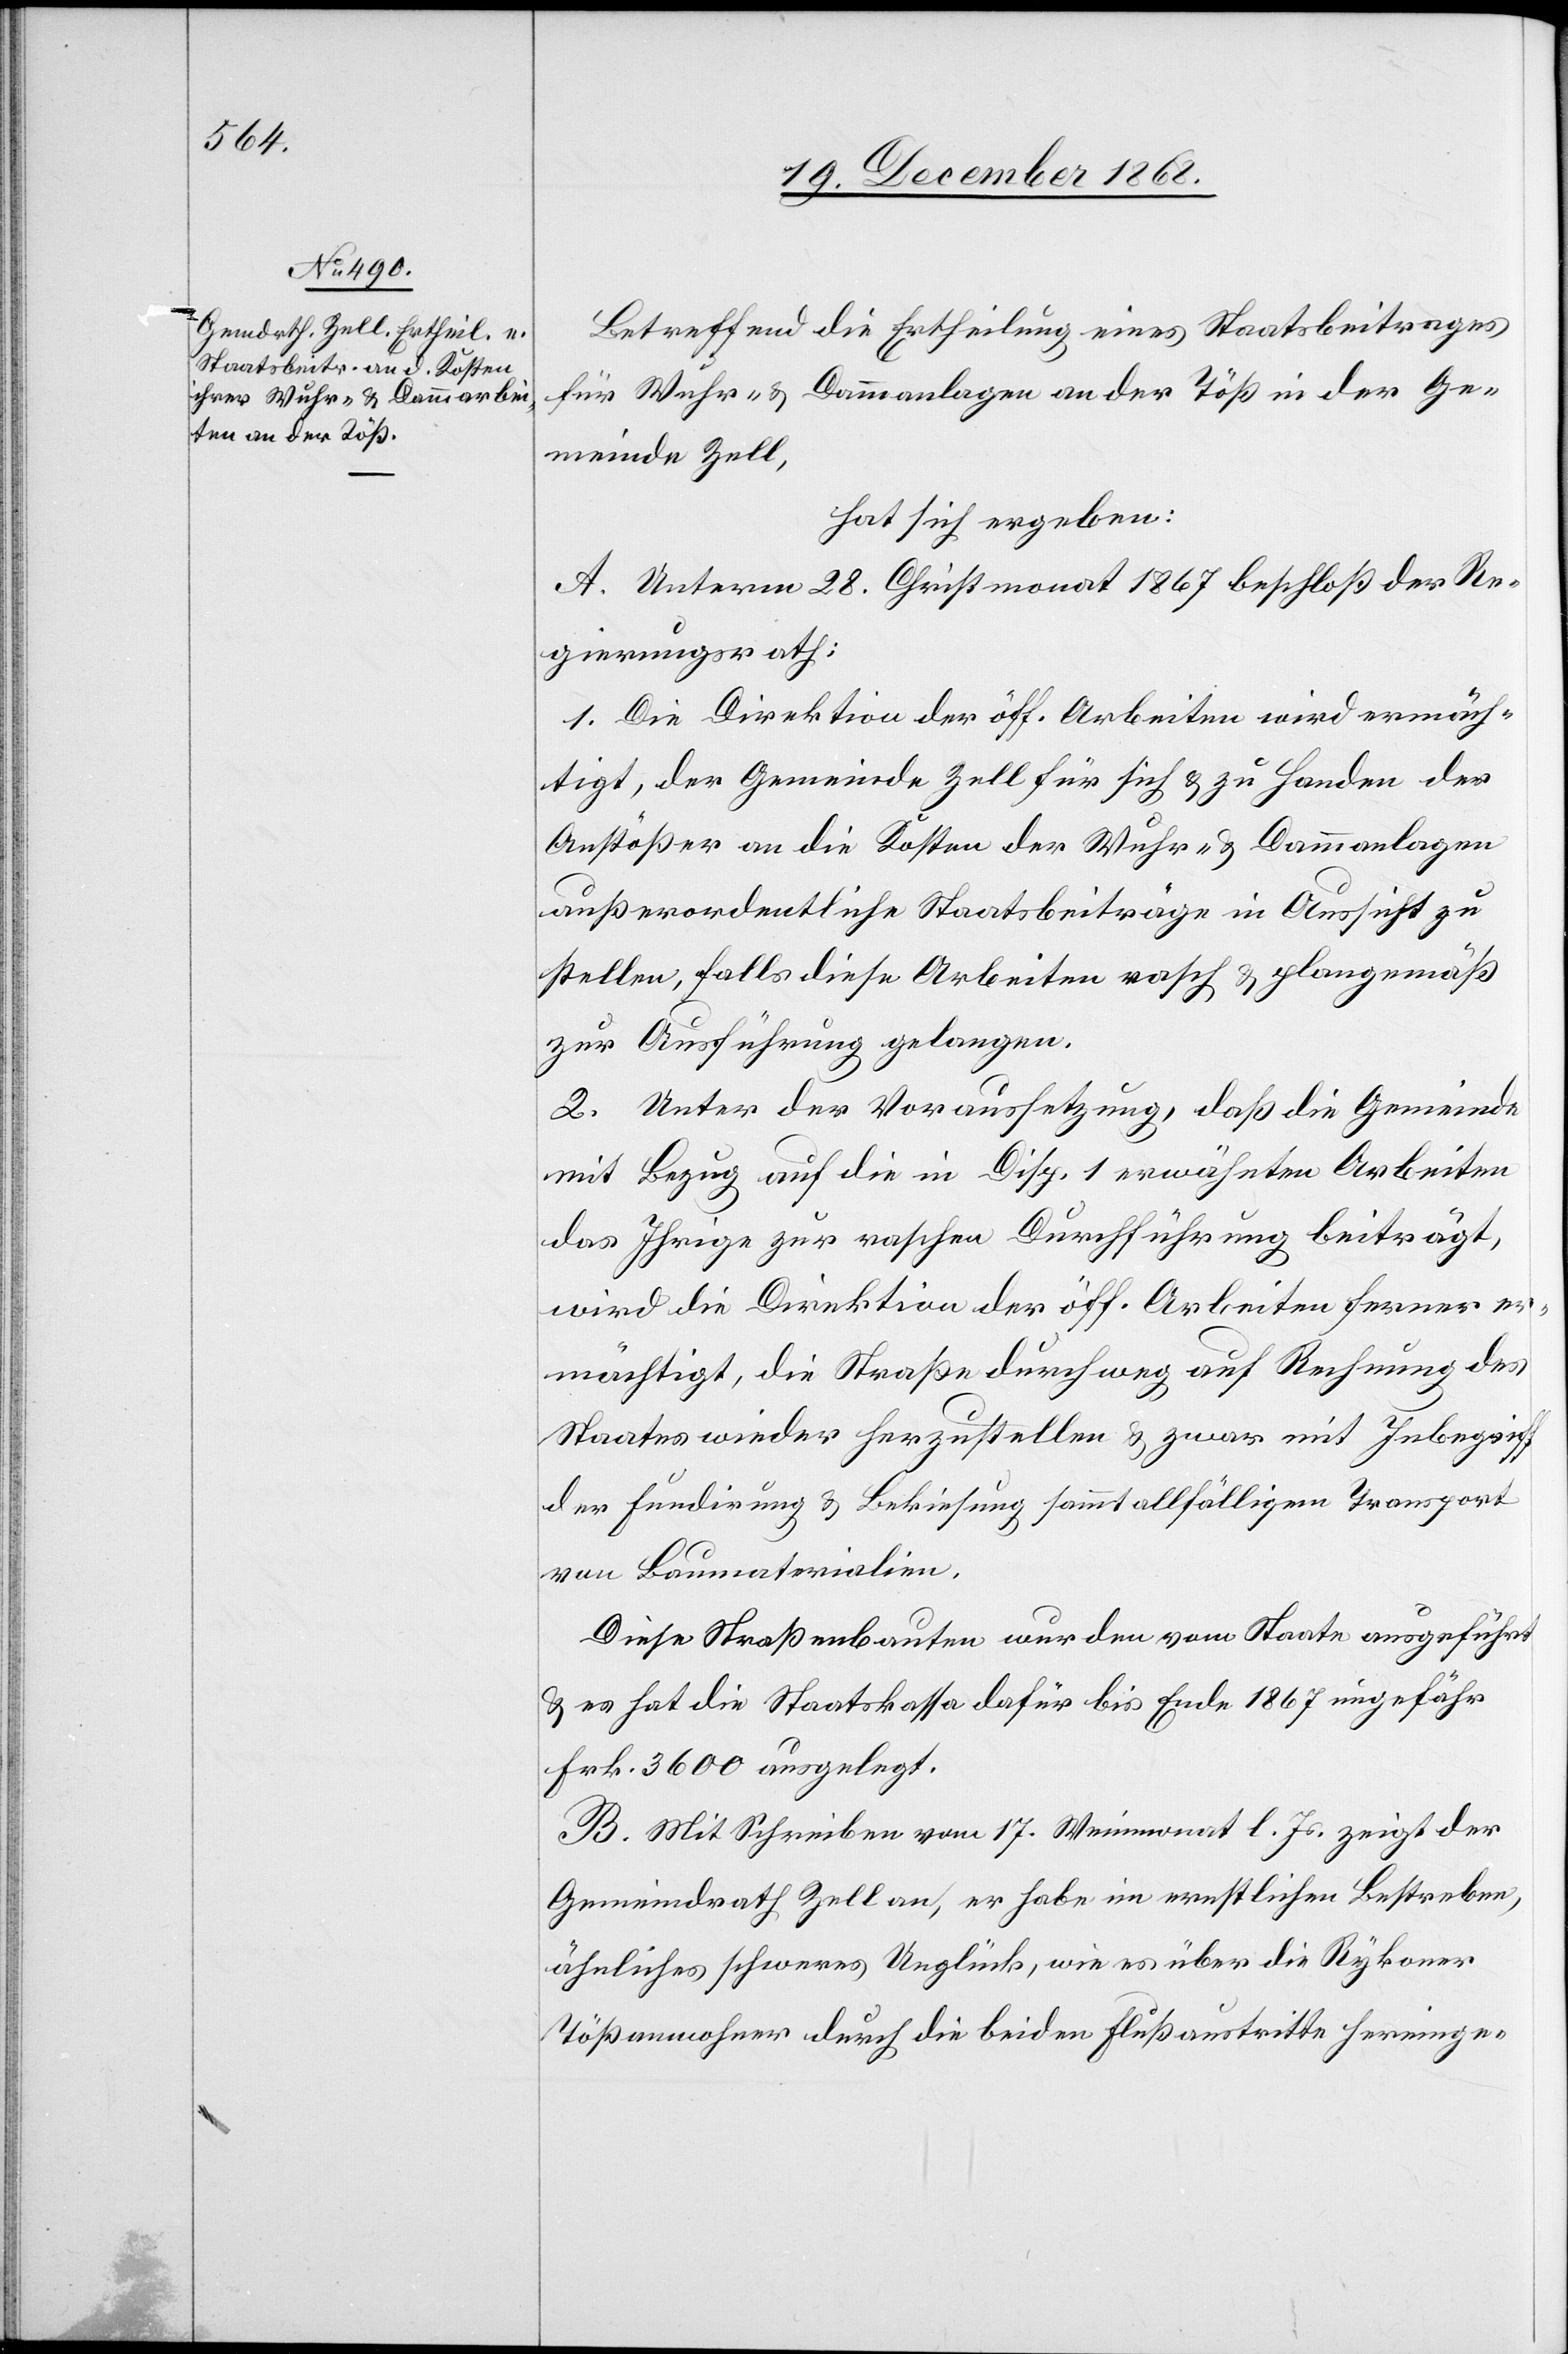
Betreffend die Ertheilung eines Staatsbeitrages
für Wuhr- & Dammanlagen an der Töß in der Ge¬
meinde Zell,
hat sich ergeben:
A. Unterm 28. Christmonat 1867 beschloß der Re¬
gierungsrath:
1. Die Direktion der öff. Arbeiten wird ermäch¬
tigt, der Gemeinde Zell für sich & zu Handen der
Anstößer an die Kosten der Wuhr- & Dammanlagen
außerordentliche Staatsbeiträge in Aussicht zu
stellen, falls diese Arbeiten rasch & plangemäß
zur Ausführung gelangen.
2. Unter der Voraussetzung, daß die Gemeinde
mit Bezug auf die in Disp. 1 erwähnten Arbeiten
das Ihrige zur raschen Durchführung beiträgt,
wird die Direktion der öff. Arbeiten ferner er¬
mächtigt, die Straße durchweg auf Rechnung des
Staates wieder herzustellen & zwar mit Inbegriff
der Fundirung & Bekiesung sammt allfälligem Transport
von Baumaterialien.
Diese Straßenbauten wurden vom Staate ausgeführt
& es hat die Staatskassa dafür bis Ende 1867 ungefähr
Frk. 3600 ausgelegt.
B. Mit Schreiben vom 17. Weinmonat l. Js. zeigt der
Gemeindrath Zell an, er habe im ernstlichen Bestreben,
ähnliches schweres Unglück, wie es über die Rykoner
Tößanwohner durch die beiden Flußaustritte hereinge-